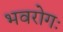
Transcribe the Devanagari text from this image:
भवरोगः